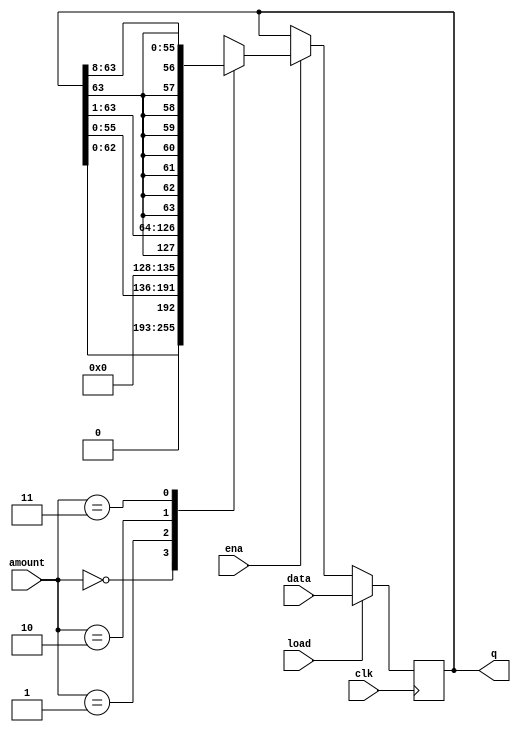
module top_module(
    input clk,
    input load,
    input ena,
    input [1:0] amount,
    input [63:0] data,
    output reg [63:0] q
    ); 
    always @(posedge clk) begin
        if (load) begin
            q <= data;
        end else if (ena) begin
            case (amount)
                2'b00: q <= {q[62:0], 1'b0}; //10101->01010
                2'b01: q <= {q[55:0], 8'b0};
                2'b10: q <= {q[63], q[63:1]}; //10101 ->11010 != logical shift
                2'b11: q <= {{8{q[63]}}, q[63:8]};
            endcase
        end
    end
endmodule